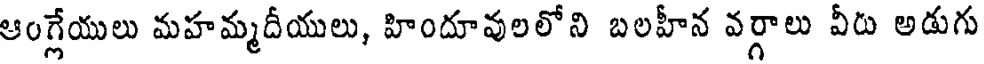
ఆంగ్లేయులు మహమ్మదీయులు, హిందూవులలోని బలహీన వర్గాలు వీరు అడుగు